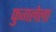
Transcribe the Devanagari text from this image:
फुगलेला